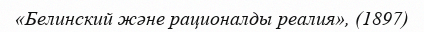
«Белинский және рационалды реалия», (1897)